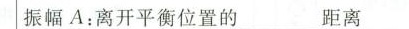
振幅A：离开平衡位置的___距离